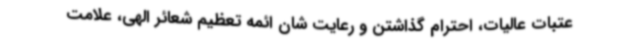
عتبات عالیات، احترام گذاشتن و رعایت شان ائمه تعظیم شعائر الهی، علامت